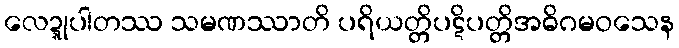
လေဍ္ဍုပါတဿ သမဏဿာတိ ပရိယတ္တိပဋိပတ္တိအဓိဂမဝသေန